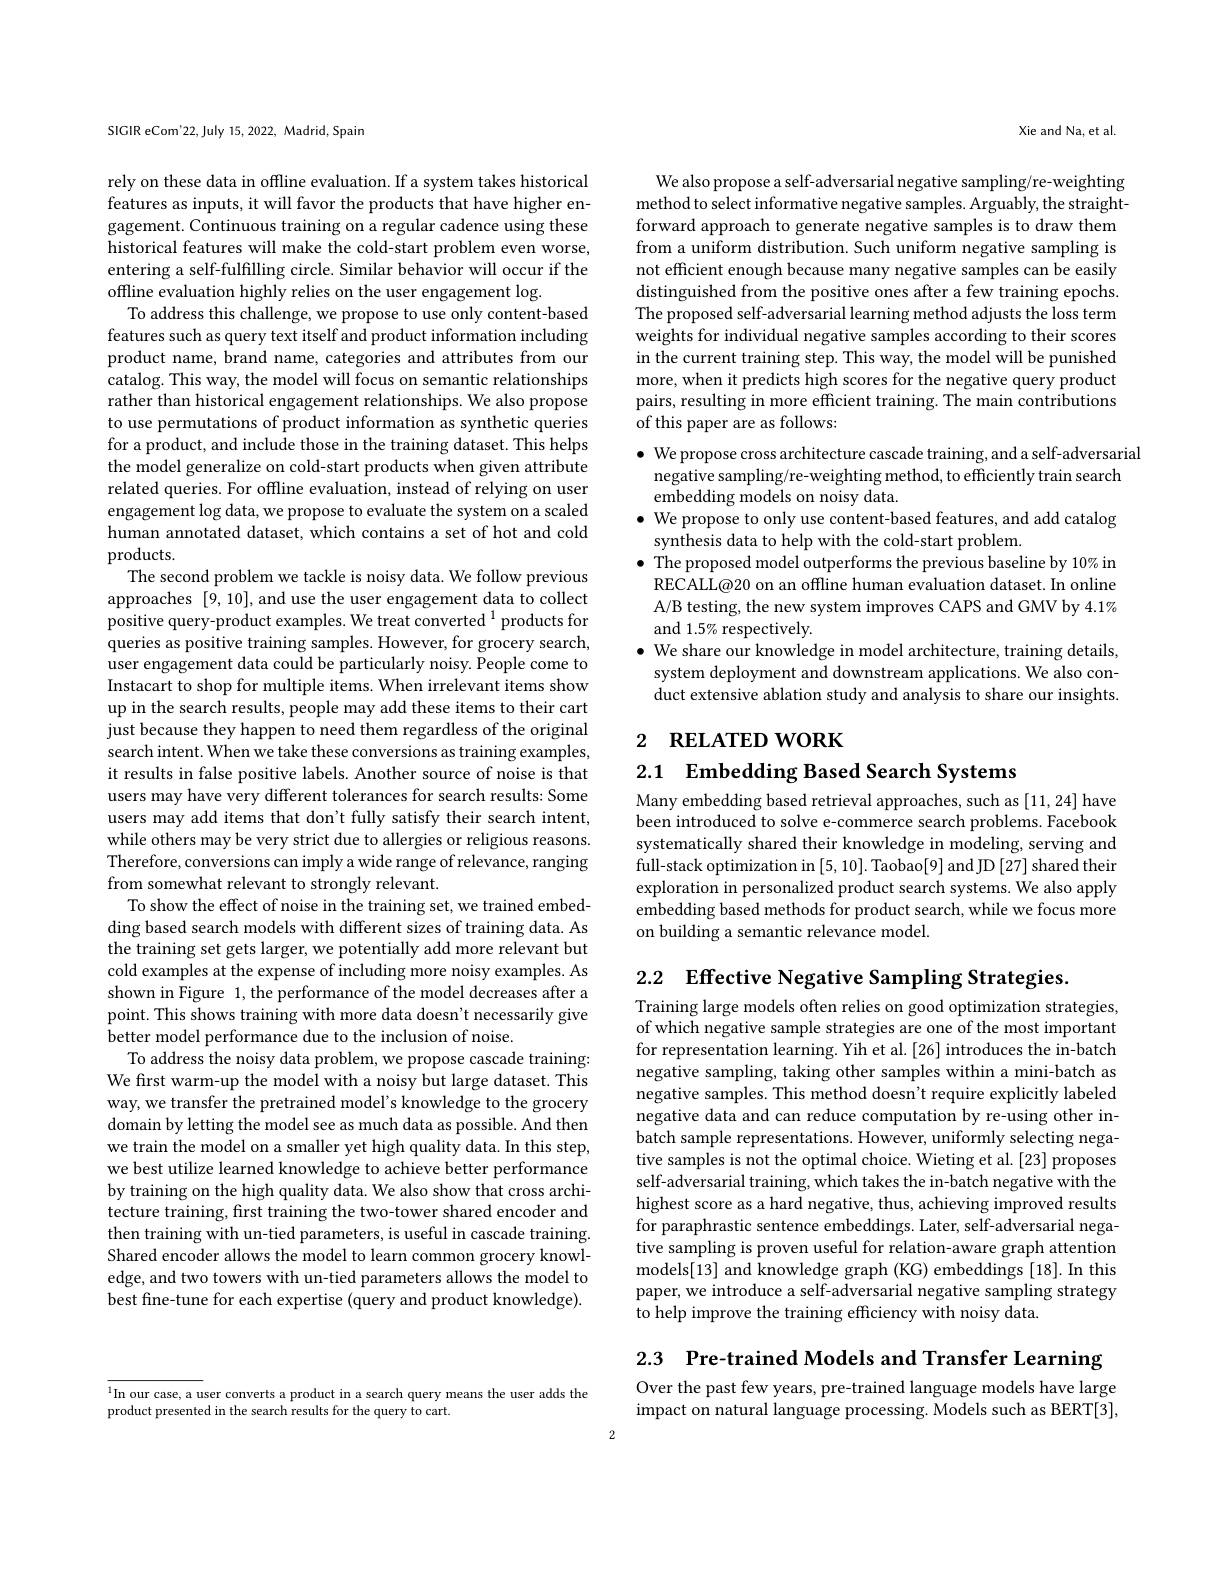
SIGIR eCom'22, July 15, 2022, Madrid, Spain

rely on these data in offline evaluation. If a system takes historical features as inputs, it will favor the products that have higher engagement. Continuous training on a regular cadence using these historical features will make the cold-start problem even worse, entering a self-fulfilling circle. Similar behavior will occur if the offline evaluation highly relies on the user engagement log.
To address this challenge, we propose to use only content-based features such as query text itself and product information including product name, brand name, categories and attributes from our catalog. This way, the model will focus on semantic relationships rather than historical engagement relationships. We also propose to use permutations of product information as synthetic queries for a product, and include those in the training dataset. This helps the model generalize on cold-start products when given attribute related queries. For offline evaluation, instead of relying on user engagement log data, we propose to evaluate the system on a scaled human annotated dataset, which contains a set of hot and cold products.
The second problem we tackle is noisy data. We follow previous approaches [9,10], and use the user engagement data to collect positive query-product examples. We treat converted $^{1}$ products for queries as positive training samples. However, for grocery search, user engagement data could be particularly noisy. People come to Instacart to shop for multiple items. When irrelevant items show up in the search results, people may add these items to their cart just because they happen to need them regardless of the original search intent. When we take these conversions as training examples, it results in false positive labels. Another source of noise is that users may have very different tolerances for search results: Some users may add items that don't fully satisfy their search intent, while others may be very strict due to allergies or religious reasons. Therefore, conversions can imply a wide range of relevance, ranging from somewhat relevant to strongly relevant.
To show the effect of noise in the training set, we trained embedding based search models with different sizes of training data. As the training set gets larger, we potentially add more relevant but cold examples at the expense of including more noisy examples. As shown in Figure 1, the performance of the model decreases after a point. This shows training with more data doesn't necessarily give better model performance due to the inclusion of noise.
To address the noisy data problem, we propose cascade training: We first warm-up the model with a noisy but large dataset. This way, we transfer the pretrained model's knowledge to the grocery domain by letting the model see as much data as possible. And then we train the model on a smaller yet high quality data. In this step, we best utilize learned knowledge to achieve better performance by training on the high quality data. We also show that cross architecture training, first training the two-tower shared encoder and then training with un-tied parameters, is useful in cascade training. Shared encoder allows the model to learn common grocery knowledge, and two towers with un-tied parameters allows the model to best fine-tune for each expertise (query and product knowledge).

Xie and Na, et al.

We also propose a self-adversarial negative sampling/re-weighting method to select informative negative samples. Arguably, the straightforward approach to generate negative samples is to draw them from a uniform distribution. Such uniform negative sampling is not efficient enough because many negative samples can be easily distinguished from the positive ones after a few training epochs. The proposed self-adversarial learning method adjusts the loss term weights for individual negative samples according to their scores in the current training step. This way, the model will be punished more, when it predicts high scores for the negative query product pairs, resulting in more efficient training. The main contributions of this paper are as follows:

$\bullet$ We propose cross architecture cascade training, and a self-adversarial
negative sampling/re-weighting method, to efficiently train search
embedding models on noisy data.
$\bullet$ We propose to only use content-based features, and add catalog
synthesis data to help with the cold-start problem.
$\bullet$ The proposed model outperforms the previous baseline by 10% in RECALL@20 on an offline human evaluation dataset. In online A/B testing, the new system improves CAPS and GMV by 4.1% and 1.5% respectively.
$\bullet$ We share our knowledge in model architecture, training details, system deployment and downstream applications. We also conduct extensive ablation study and analysis to share our insights.

# 2 RELATED WORK

2.1 Embedding Based Search Systems

Many embedding based retrieval approaches, such as [11,24] have been introduced to solve e-commerce search problems. Facebook systematically shared their knowledge in modeling, serving and full-stack optimization in [5,10]. Taobao[9] and JD [27] shared their exploration in personalized product search systems. We also apply embedding based methods for product search, while we focus more on building a semantic relevance model.

2.2 Effective Negative Sampling Strategies

Training large models often relies on good optimization strategies, of which negative sample strategies are one of the most important for representation learning. Yih et al.[26] introduces the in-batch negative sampling, taking other samples within a mini-batch as negative samples. This method doesn't require explicitly labeled negative data and can reduce computation by re-using other inbatch sample representations. However, uniformly selecting negative samples is not the optimal choice. Wieting et al. [23] proposes self-adversarial training, which takes the in-batch negative with the highest score as a hard negative, thus, achieving improved results for paraphrastic sentence embeddings. Later, self-adversarial negative sampling is proven useful for relation-aware graph attention models[13] and knowledge graph (KG) embeddings [18]. In this paper, we introduce a self-adversarial negative sampling strategy to help improve the training efficiency with noisy data.

2.3 Pre-trained Models and Transfer Learning

Over the past few years, pre-trained language models have large impact on natural language processing. Models such as BERT[3],

$^{1}$In our case, a user converts a product in a search query means the user adds the
product presented in the search results for the query to cart.

2